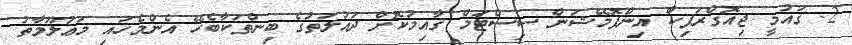
2. ޤައުމީ ޖިއޮގްރަފިކް އިންފޮމޭޝަން ސިސްޓަމް ޤާއިމުކޮށް ދައުލަތުގެ ބިންތަކާބެހޭ އެންމެހައި މަޢުލޫމާތު